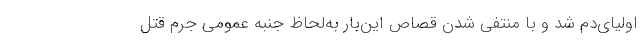
اولیای‌دم شد و با منتفی‌ شدن قصاص این‌بار به‌لحاظ جنبه عمومی جرم قتل